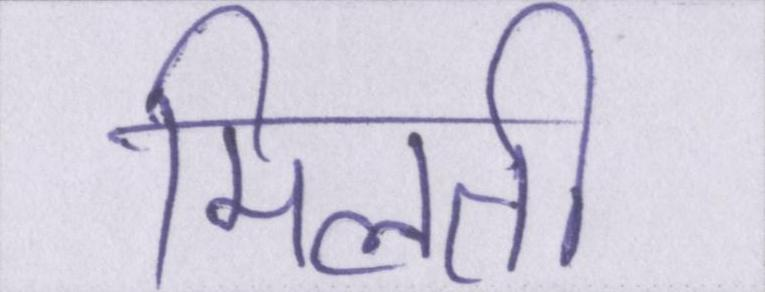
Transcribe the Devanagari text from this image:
मिलती